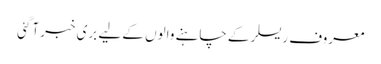
معروف ریسلر کے چاہنے والوں کے لیے بری خبر آگئی